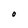
Character: O